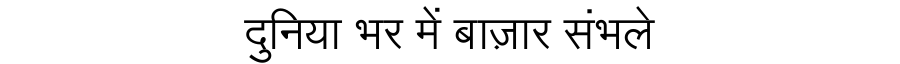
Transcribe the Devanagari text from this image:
दुनिया भर में बाज़ार संभले